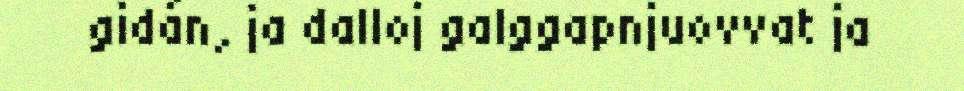
gidán, ja dalloj galggapnjuovvat ja